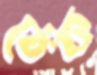
ঠেক